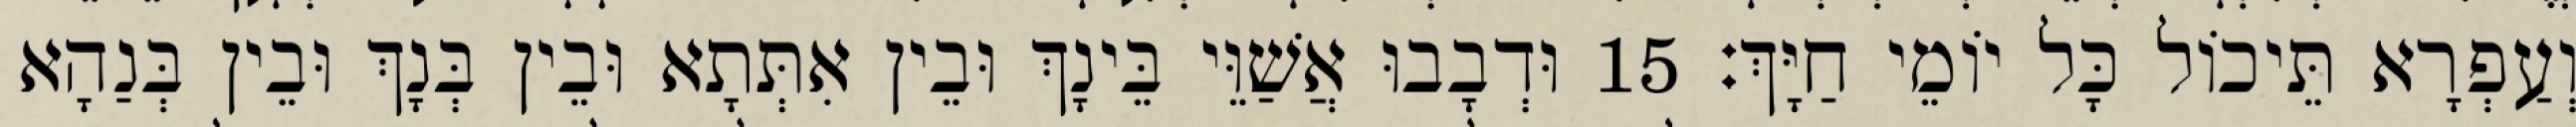
וְעַפְרָא תֵּיכוֹל כָּל יוֹמֵי חַיָּךְ׃ 15 וּדְבָבוּ אֲשַׁוֵּי בֵּינָךְ וּבֵין אִתְּתָא וּבֵין בְּנָךְ וּבֵין בְּנַהָא